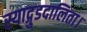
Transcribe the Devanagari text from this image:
स्याद्गुडदालिता।